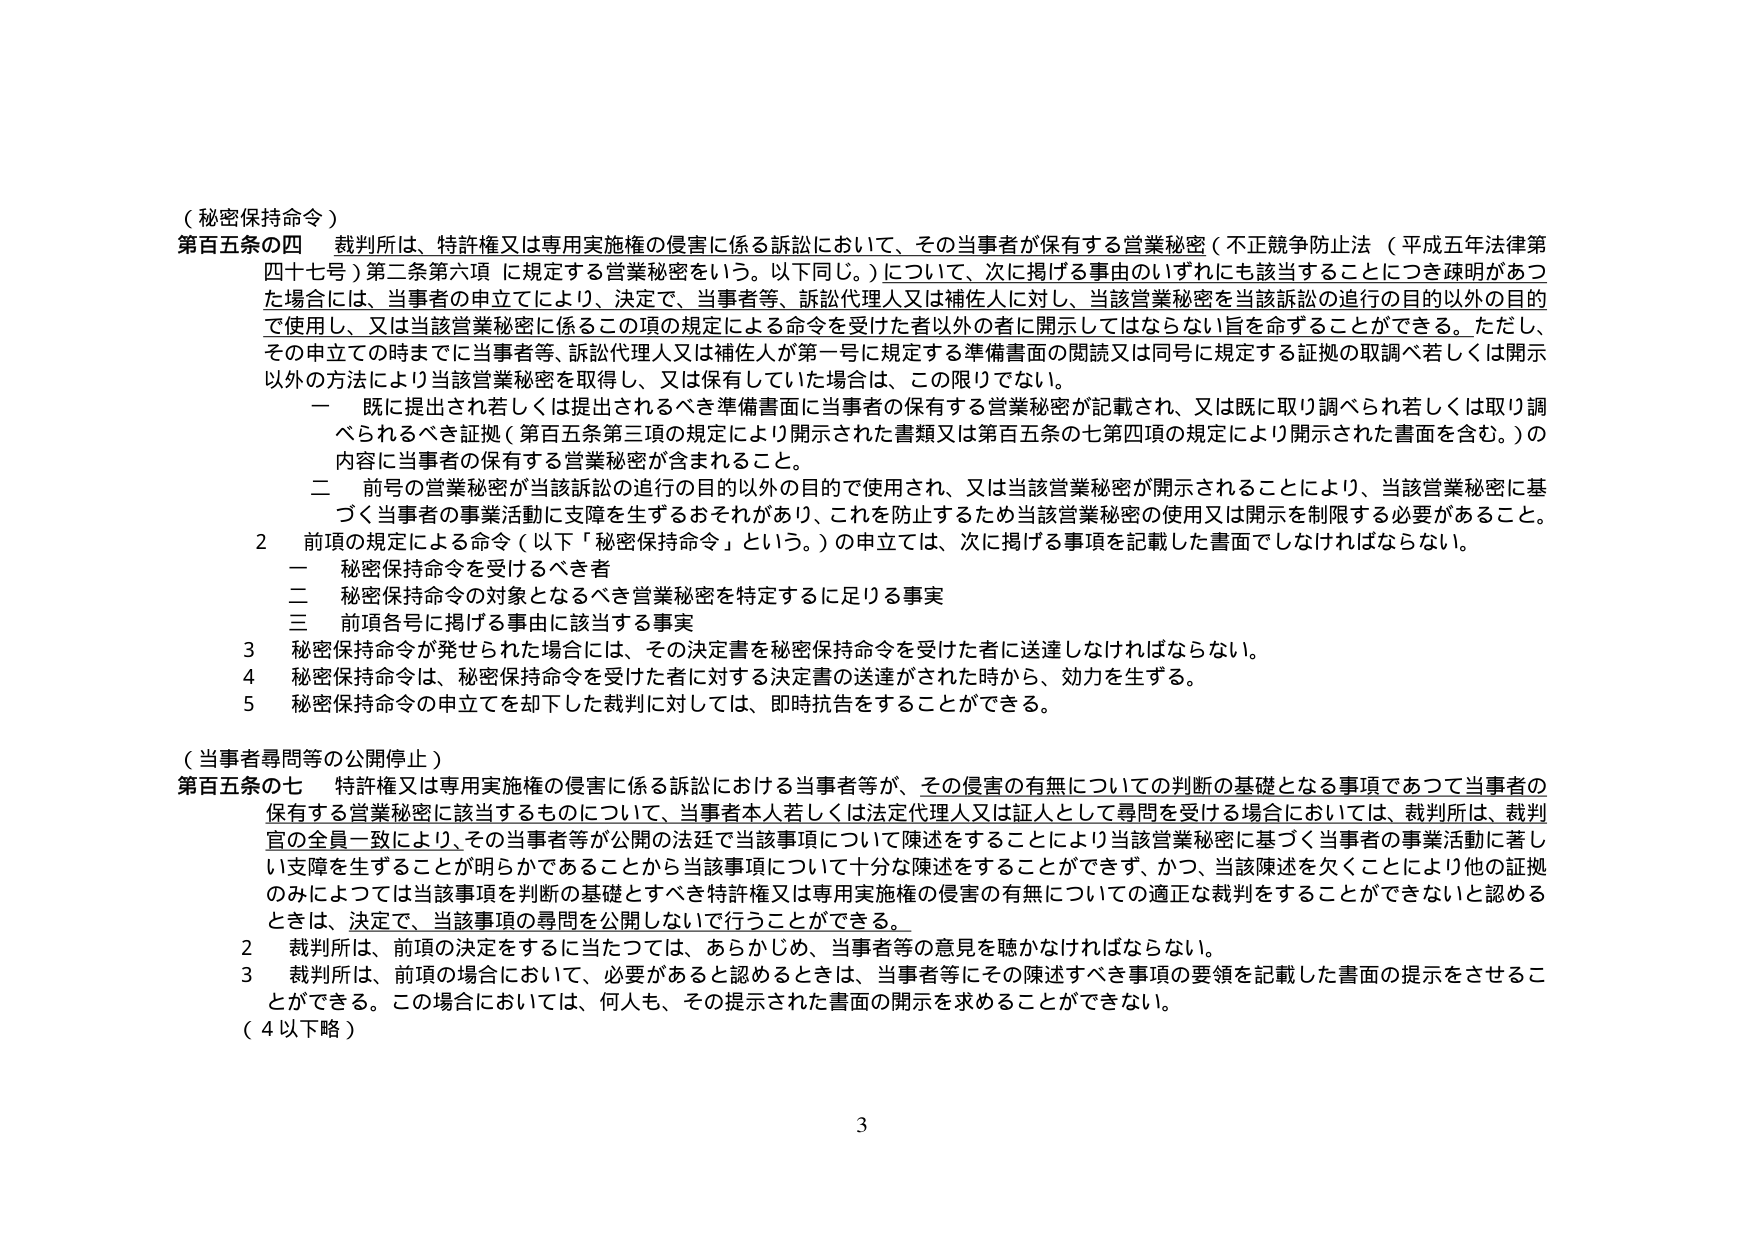
（秘密保持命令）

第百五条の四 裁判所は、特許権又は専用実施権の侵害に係る訴訟において、その当事者が保有する営業秘密（不正競争防止法（平成五年法律第四十七号）第二条第六項に規定する営業秘密をいう。以下同じ。）について、次に掲げる事由のいずれにも該当することにつき疎明があつた場合には、当事者の申立てにより、決定で、当事者等、訴訟代理人又は補佐人に対し、当該営業秘密を当該訴訟の追行の目的以外の目的で使用し、又は当該営業秘密に係るこの項の規定による命令を受けた者以外の者に開示してはならない旨を命ずることができる。ただし、その申立ての時までに当事者等、訴訟代理人又は補佐人が第一号に規定する準備書面の閲読又は同号に規定する証拠の取調べ若しくは開示以外の方法により当該営業秘密を取得し、又は保有していた場合は、この限りでない。

　一 既に提出され若しくは提出されるべき準備書面に当事者の保有する営業秘密が記載され、又は既に取り調べられ若しくは取り調べられるべき証拠（第百五条第三項の規定により開示された書類又は第百五条の七第四項の規定により開示された書面を含む。）の内容に当事者の保有する営業秘密が含まれること。

　二 前号の営業秘密が当該訴訟の追行の目的以外の目的で使用され、又は当該営業秘密が開示されることにより、当該営業秘密に基づく当事者の事業活動に支障を生ずるおそれがあり、これを防止するため当該営業秘密の使用又は開示を制限する必要があること。

　2 前項の規定による命令（以下「秘密保持命令」という。）の申立ては、次に掲げる事項を記載した書面でしなければならない。

　　一 秘密保持命令を受けるべき者

　　二 秘密保持命令の対象となるべき営業秘密を特定するに足りる事実

　　三 前項各号に掲げる事由に該当する事実

　3 秘密保持命令が発せられた場合には、その決定書を秘密保持命令を受けた者に送達しなければならない。

　4 秘密保持命令は、秘密保持命令を受けた者に対する決定書の送達がされた時から、効力を生ずる。

　5 秘密保持命令の申立てを却下した裁判に対しては、即時抗告をすることができる。

（当事者尋問等の公開停止）

第百五条の七 特許権又は専用実施権の侵害に係る訴訟における当事者等が、その侵害の有無についての判断の基礎となる事項であつて当事者の保有する営業秘密に該当するものについて、当事者本人若しくは法定代理人又は証人として尋問を受ける場合においては、裁判所は、裁判官の全員一致により、その当事者等が公開の法廷で当該事項について陳述することにより当該営業秘密に基づく当事者の事業活動に著しい支障を生ずることが明らかであることから当該事項について十分な陳述をすることができず、かつ、当該陳述を欠くことにより他の証拠のみによつては当該事項を判断の基礎とすべき特許権又は専用実施権の侵害の有無についての適正な裁判をすることができないと認めるときは、決定で、当該事項の尋問を公開しないで行うことができる。

　2 裁判所は、前項の決定をするに当たつては、あらかじめ、当事者等の意見を聴かなければならない。

　3 裁判所は、前項の場合において、必要があると認めるときは、当事者等にその陳述すべき事項の要領を記載した書面の提示をさせることができる。この場合においては、何人も、その提示された書面の開示を求めることができない。

（4以下略）

3